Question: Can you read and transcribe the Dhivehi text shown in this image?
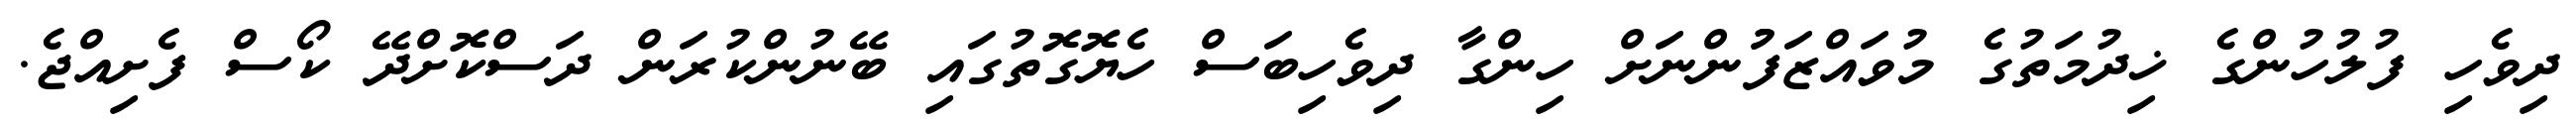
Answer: ދިވެހި ފުލުހުންގެ ޚިދުމަތުގެ މުވައްޒަފުުންނަށް ހިންގާ ދިވެހިބަސް ހެޔޮގޮތުގައި ބޭނުންކުރަން ދަސްކޮށްދޭ ކޯސް ފެށިއްޖެ.